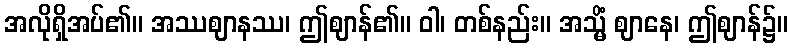
အလိုရှိအပ်၏။ အဿဈာနဿ၊ ဤဈာန်၏။ ဝါ၊ တစ်နည်း။ အသ္မိံ ဈာနေ၊ ဤဈာန်၌။